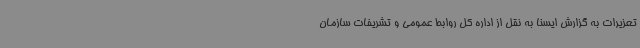
تعزیرات به گزارش ایسنا به نقل از اداره کل روابط عمومی و تشریفات سازمان